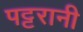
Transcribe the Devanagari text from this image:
पट्टरानी